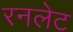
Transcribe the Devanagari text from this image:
रनलेट